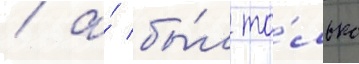
/ а́ бы́л то́лько